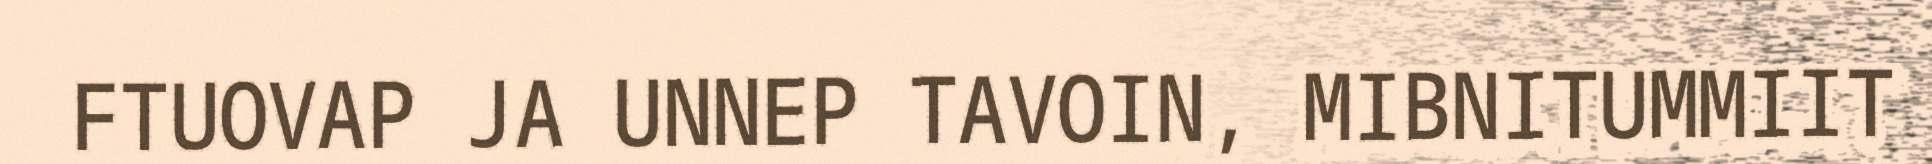
FTUOVAP JA UNNEP TAVOIN, MIBNITUMMIIT